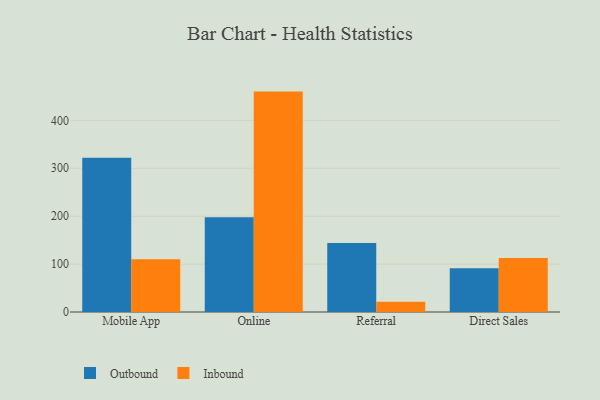
{"axis": {"x": "Channel", "y": "Temperature (°C)"}, "legend": ["Inbound", "Outbound"], "data": [{"x": "Mobile App", "y": 322.0, "type": "Outbound"}, {"x": "Mobile App", "y": 110.1, "type": "Inbound"}, {"x": "Online", "y": 197.6, "type": "Outbound"}, {"x": "Online", "y": 460.1, "type": "Inbound"}, {"x": "Referral", "y": 144.1, "type": "Outbound"}, {"x": "Referral", "y": 21.4, "type": "Inbound"}, {"x": "Direct Sales", "y": 91.3, "type": "Outbound"}, {"x": "Direct Sales", "y": 112.8, "type": "Inbound"}]}